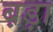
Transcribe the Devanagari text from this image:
ब़ड़ा